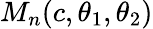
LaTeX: M_{n}(c,\theta_{1},\theta_{2})